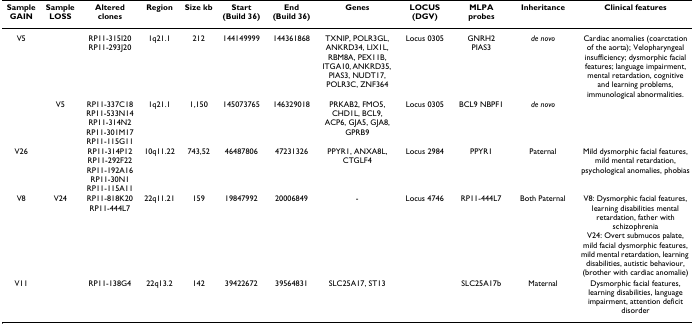
| Sample GAIN | Sample LOSS | Altered clones | Region | Size kb | Start (Build 36) | End (Build 36) | Genes | LOCUS (DGV) | MLPA probes | Inheritance | Clinical features |
 | --- | --- | --- | --- | --- | --- | --- | --- | --- | --- | --- | --- |
 | V5 |  | RP11-315I20RP11-293J20 | 1q21.1 | 212 | 144149999 | 144361868 | TXNIP, POLR3GL, ANKRD34, LIX1L, RBM8A, PEX11B, ITGA10, ANKRD35, PIAS3, NUDT17, POLR3C, ZNF364 | Locus 0305 | GNRH2 PIAS3 | de novo | Cardiac anomalies (coarctation of the aorta); Velopharyngeal insufficiency; dysmorphic facial features; language impairment, mental retardation, cognitive and learning problems, immunological abnormalities. |
 |  | V5 | RP11-337C18RP11-533N14RP11-314N2RP11-301M17RP11-115G11 | 1q21.1 | 1,150 | 145073765 | 146329018 | PRKAB2, FMO5, CHD1L, BCL9, ACP6, GJA5, GJA8, GPRB9 | Locus 0305 | BCL9 NBPF1 | de novo |  |
 | V26 |  | RP11-314P12RP11-292F22RP11-192A16RP11-30N1RP11-115A11 | 10q11.22 | 743,52 | 46487806 | 47231326 | PPYR1, ANXA8L, CTGLF4 | Locus 2984 | PPYR1 | Paternal | Mild dysmorphic facial features, mild mental retardation, psychological anomalies, phobias |
 | V8 | V24 | RP11-818K20RP11-444L7 | 22q11.21 | 159 | 19847992 | 20006849 | - | Locus 4746 | RP11-444L7 | Both Paternal | V8: Dysmorphic facial features, learning disabilities mental retardation, father with schizophreniaV24: Overt submucos palate, mild facial dysmorphic features, mild mental retardation, learning disabilities, autistic behaviour, (brother with cardiac anomalie) |
 | V11 |  | RP11-138G4 | 22q13.2 | 142 | 39422672 | 39564831 | SLC25A17, ST13 |  | SLC25A17b | Maternal | Dysmorphic facial features, learning disabilities, language impairment, attention deficit disorder |